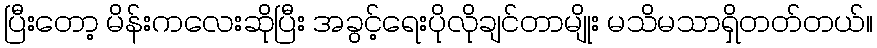
ပြီးတော့ မိန်းကလေးဆိုပြီး အခွင့်ရေးပိုလိုချင်တာမျိုး မသိမသာရှိတတ်တယ်။